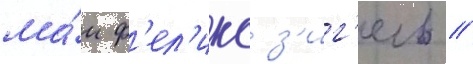
ма́и ф'ел'икс з'иг'ель //